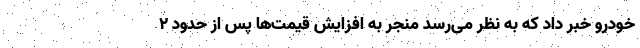
خودرو خبر داد که به نظر می‌رسد منجر به افزایش قیمت‌ها پس از حدود ۲